Regulations for the medical services of the Army of India
Year: 1930
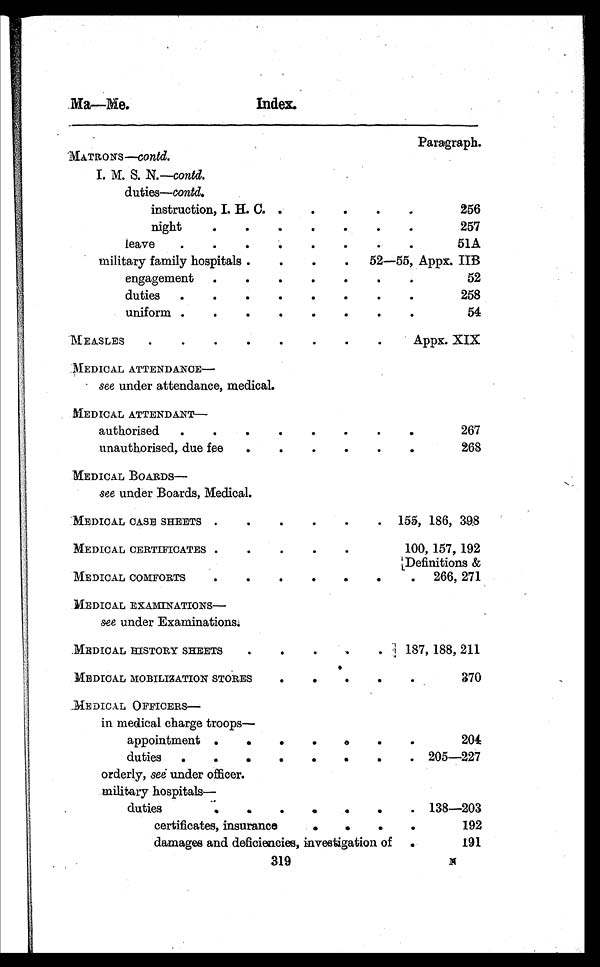
Index.
319
Paragraph.
M A T R O N S —
c o n t d .
I. M. S. N.—contd.
duties—contd.
instruction, I. H. C. . . .
2 5 6
night . . .
257
leave . . .
51A
military family hospitals . . .
52—55, Appx. IIB
engagement . . .
52
duties . . .
258
uniform . . .
54
MEASLES . . .
Appx. XIX
MEDICAL ATTENDANCE—
see under attendance, medical.
MEDICAL ATTENDANT—
authorised . . .
267
unauthorised, due fee . . .
268
MEDICAL BOARDS—
see under Boards, Medical.
MEDICAL CASE SHEETS . . .
155, 186, 398
MEDICAL CERTIFICATES . . .
100, 157, 192
MEDICAL COMFORTS . . .
D e f i n i t i o n s & 2 6 6 , 2 7 1
MEDICALE EXAMINATIONS—
see under Examinations.
MEDICAL HISTORY SHEETS . . .
187, 188, 211
MEDICAL MOBILIZATION STORES . . .
370
MEDICAL OFFICERS—
in medical charge troops—
appointment . . .
204
duties . . .
205—227
orderly, see under officer.
military hospitals
—
duties . . .
138—203
certificates, insurance . . .
192
damages and deficiencies, investigation of . . .
191